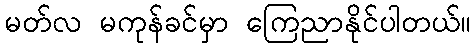
မတ်လ မကုန်ခင်မှာ ကြေညာနိုင်ပါတယ်။